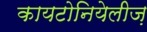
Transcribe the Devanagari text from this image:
कायटोनियेलीज़